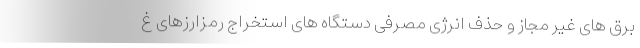
برق های غیر مجاز و حذف انرژی مصرفی دستگاه های استخراج رمزارزهای غ